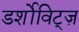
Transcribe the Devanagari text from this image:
डर्शोविट्ज़